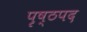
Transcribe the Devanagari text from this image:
पृष्ठपद